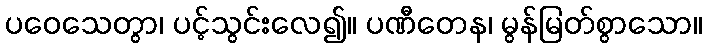
ပဝေသေတွာ၊ ပင့်သွင်းလေ၍။ ပဏီတေန၊ မွန်မြတ်စွာသော။